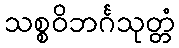
သစ္စဝိဘင်္ဂသုတ္တံ